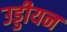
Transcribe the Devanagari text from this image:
उड्डीयन